system: You are a helpful assistant.
user:
Analyze the provided spectrum to determine if it is a **S-type Star**.

- **Key Indicators for S-type Star:**

    - **(Overall Spectrum Shape):** The first and most obvious characteristic is the overall continuum (the "baseline" shape). It is **extremely "red-sloping,"** meaning the flux (light intensity) is very low on the left side (blue, ~4000-4500 Å) and rises steeply and continuously toward the right side (red, ~7000 Å+).

    - **(Primary):** The spectrum is defined by the presence of strong, broad molecular absorption "valleys" (bands) from **Zirconium Oxide (ZrO)**. The identification of these bands is the **primary requirement** for classifying a star as S-type.
        - **(Key Bandheads):** You must find distinct, deep "dips" where the light has been absorbed. The most critical band systems to locate are:
            - **~6474 Å** ($\gamma$-system): This is often the strongest and clearest ZrO feature, found in the red part of the spectrum.
            - **~5718 Å** & **~5551 Å** ($\beta$-system): A pair of prominent absorption features in the yellow-orange part of the spectrum.
            - **~4640 Å** ($\alpha$-system): A key absorption band system in the blue-green region of the spectrum.

    - **(Secondary Confirmation):** The classification is strengthened by finding additional absorption bands from other related heavy element oxides, which are expected to be present alongside ZrO.
        - **(Key Bandheads):**
            - **Yttrium Oxide (YO):** Look for absorption dips near **~4800 Å** and **~6100 Å**.
            - **Lanthanum Oxide (LaO):** Additional absorption features, particularly in the red-orange part of the spectrum, are also characteristic.

    - **(Line Profile):** The combination of the steep red continuum and these numerous, deep molecular bands (ZrO, YO, etc.) gives the entire spectrum a very **"chopped-up"** or **"bumpy"** appearance. Instead of a smooth curve, the spectrum looks as though large, wide chunks of light have been "carved out" of it at the specific wavelengths listed above.

Think first, call **spectral_visualization_tool** if needed to examine features in detail, then provide your final answer. Your response must adhere to the following strict rules:
1.  **Overall Structure:** Your response must follow the format `<think>...</think> <tool_call>...</tool_call> (if a tool is used) <answer>...</answer>`.
2.  **Tool Usage Constraint:** You may only make **one** tool call per turn.
3.  **Final Answer Format:** In the `<answer>` tag, your conclusion must be inside a `\boxed{}` command (e.g., `\boxed{YES}` or `\boxed{NO}`), followed by your justification.

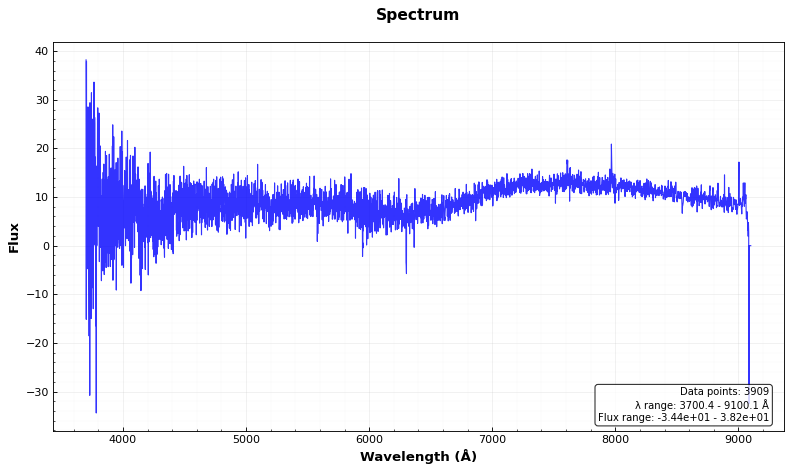
Answer: NO